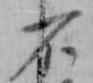
不